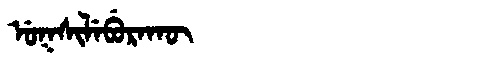
Manchu: ᡠᡴᠰᡳᠯᡝᠪᡠᡵᠠᡴᡡ
Romanization: UKSILEBURAKŪ